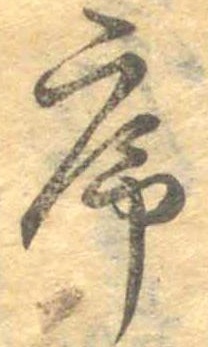
序